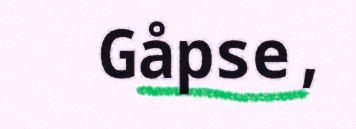
Gåpse,